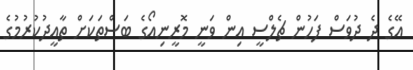
އޭގެ ދެ ދުވަސް ފަހުން ޗެލްސީ އިން ވަނީ މޮރީނިއޯގެ ބަސްތަކަށް ތާއީދުކުރުމުގެ